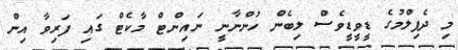
މި ދެފިލްމުގެ ޑީވީޑީވެސް ލިބެން ހުންނާނީ ނައިންޓް މާކެޓް ގައި ފަރިވާ އިން